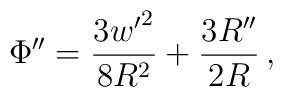
\Phi'' = \frac{3 {w'}^2}{8 R^2} + \frac{3 R''}{2 R}\,,